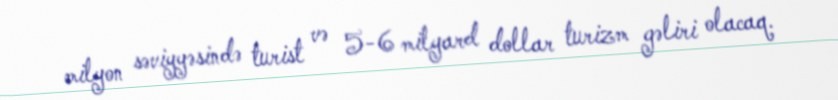
milyon səviyyəsində turist və 5-6 milyard dollar turizm gəliri olacaq.